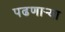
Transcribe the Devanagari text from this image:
पढणार्‍या